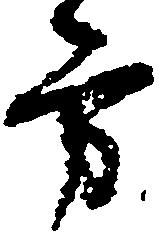
労